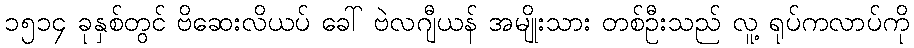
၁၅၁၄ ခုနှစ်တွင် ဗိဆေးလိယပ် ခေါ် ဗဲလဂျီယန် အမျိုးသား တစ်ဦးသည် လူ့ ရုပ်ကလာပ်ကို